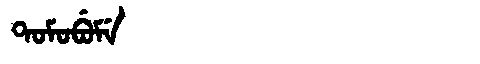
Manchu: ᡨᠣᠮᠣᠪᡠᠮᡝ
Romanization: TOMOBUME